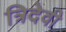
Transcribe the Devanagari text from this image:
त्रिदेवी